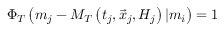
\Phi _ { T } \left( m _ { j } - M _ { T } \left( t _ { j } , \vec { x } _ { j } , { \cal H } _ { j } \right) \vert m _ { i } \right) = 1